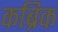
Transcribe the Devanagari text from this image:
कब्रिक